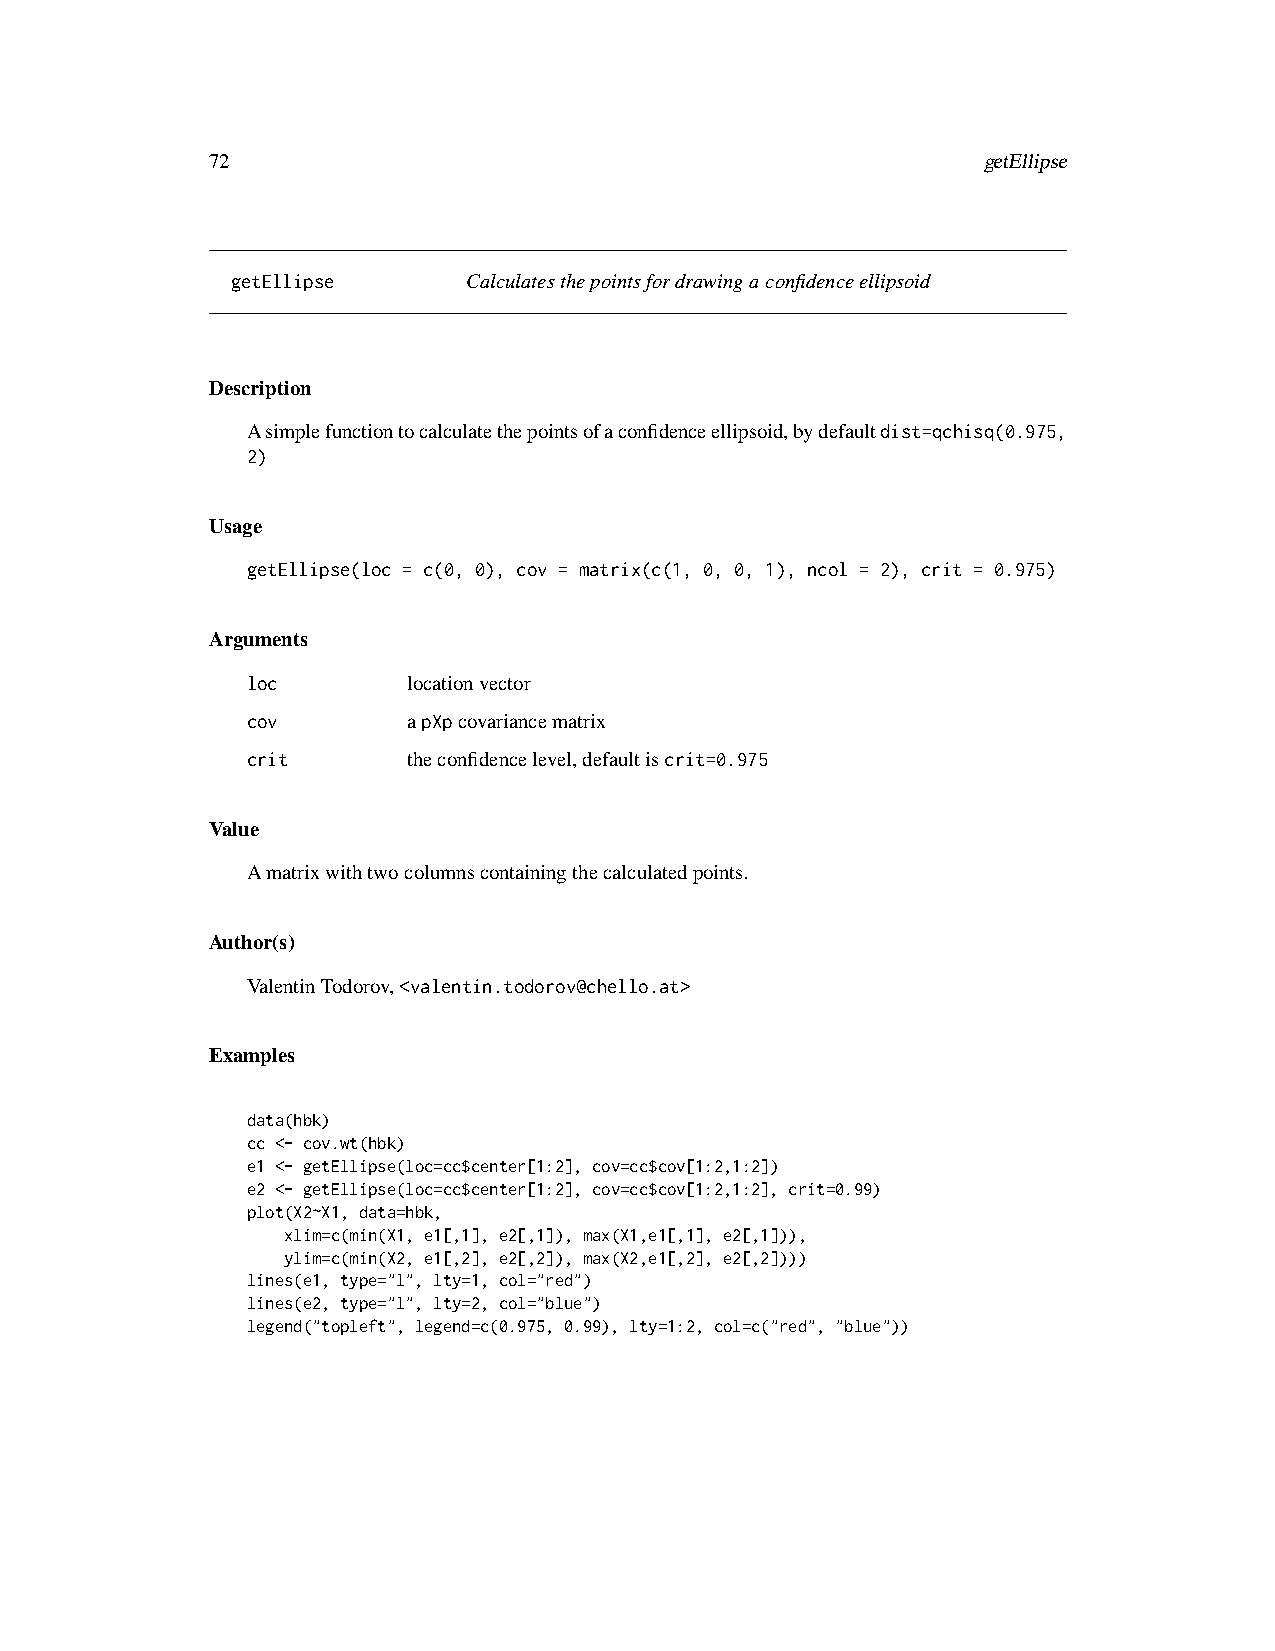
72                                                 getEllipse
 getEllipse      Calculatesthepointsfordrawingaconfidenceellipsoid
 Description
 Asimplefunctiontocalculatethepointsofaconfidenceellipsoid,bydefaultdist=qchisq(0.975,
 2)
 Usage
 getEllipse(loc = c(0, 0), cov = matrix(c(1, 0, 0, 1), ncol = 2), crit = 0.975)
 Arguments
 loc        locationvector
 cov        apXpcovariancematrix
 crit       theconfidencelevel,defaultiscrit=0.975
 Value
 Amatrixwithtwocolumnscontainingthecalculatedpoints.
 Author(s)
 ValentinTodorov,<valentin.todorov@chello.at>
 Examples
 data(hbk)
 cc <- cov.wt(hbk)
 e1 <- getEllipse(loc=cc$center[1:2], cov=cc$cov[1:2,1:2])
 e2 <- getEllipse(loc=cc$center[1:2], cov=cc$cov[1:2,1:2], crit=0.99)
 plot(X2~X1, data=hbk,
 xlim=c(min(X1, e1[,1], e2[,1]), max(X1,e1[,1], e2[,1])),
 ylim=c(min(X2, e1[,2], e2[,2]), max(X2,e1[,2], e2[,2])))
 lines(e1, type="l", lty=1, col="red")
 lines(e2, type="l", lty=2, col="blue")
 legend("topleft", legend=c(0.975, 0.99), lty=1:2, col=c("red", "blue"))